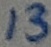
Text: 13